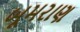
બૂમરાણ